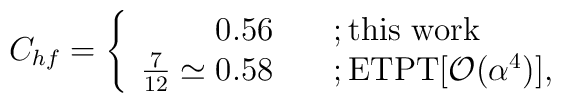
C_{hf}= \left \{                \begin{array}{rl}0.56 \quad &; \mbox{this work}\\\frac{7}{12} \simeq 0.58 \quad &; \mbox{ETPT[${\cal O}(\alpha^4)$]},\end{array}\right.